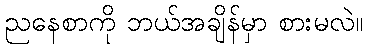
ညနေစာကို ဘယ်အချိန်မှာ စားမလဲ။